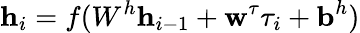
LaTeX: \textbf{h}_{i}=f(W^{h}\textbf{h}_{i-1}+\textbf{w}^{\tau}\tau_{i}+\textbf{b}^{h})